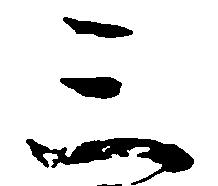
三